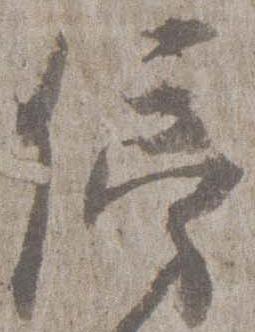
傍